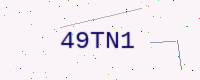
Text: 49TN1